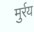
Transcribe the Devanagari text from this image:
मुर्रय